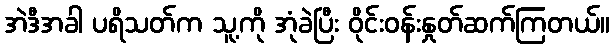
အဲဒီအခါ ပရိသတ်က သူ့ကို အုံခဲပြီး ဝိုင်းဝန်းနှုတ်ဆက်ကြတယ်။